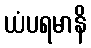
ယံပရမာနိ